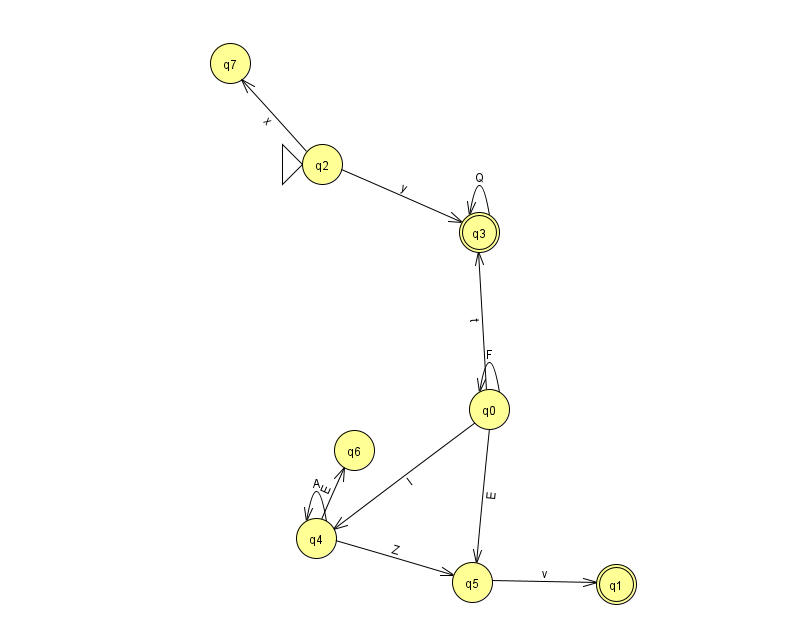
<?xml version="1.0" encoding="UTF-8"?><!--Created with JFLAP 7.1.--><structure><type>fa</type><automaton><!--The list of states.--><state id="0" name="q0"><x>489.0</x><y>396.0</y></state><state id="1" name="q1"><x>616.0</x><y>571.0</y><final/></state><state id="2" name="q2"><x>322.0</x><y>151.0</y><initial/></state><state id="3" name="q3"><x>479.0</x><y>219.0</y><final/></state><state id="4" name="q4"><x>316.0</x><y>525.0</y></state><state id="5" name="q5"><x>472.0</x><y>569.0</y></state><state id="6" name="q6"><x>354.0</x><y>437.0</y></state><state id="7" name="q7"><x>230.0</x><y>50.0</y></state><!--The list of transitions.--><transition><from>2</from><to>3</to><read>y</read></transition><transition><from>3</from><to>3</to><read>Q</read></transition><transition><from>4</from><to>4</to><read>A</read></transition><transition><from>0</from><to>5</to><read>E</read></transition><transition><from>0</from><to>0</to><read>F</read></transition><transition><from>4</from><to>6</to><read>E</read></transition><transition><from>0</from><to>4</to><read>l</read></transition><transition><from>4</from><to>5</to><read>Z</read></transition><transition><from>0</from><to>3</to><read>t</read></transition><transition><from>5</from><to>1</to><read>v</read></transition><transition><from>2</from><to>7</to><read>x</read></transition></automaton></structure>